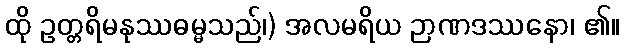
ထို ဥတ္တရိမနုဿဓမ္မသည်၊) အလမရိယ ဉာဏဒဿနော၊ ၏။